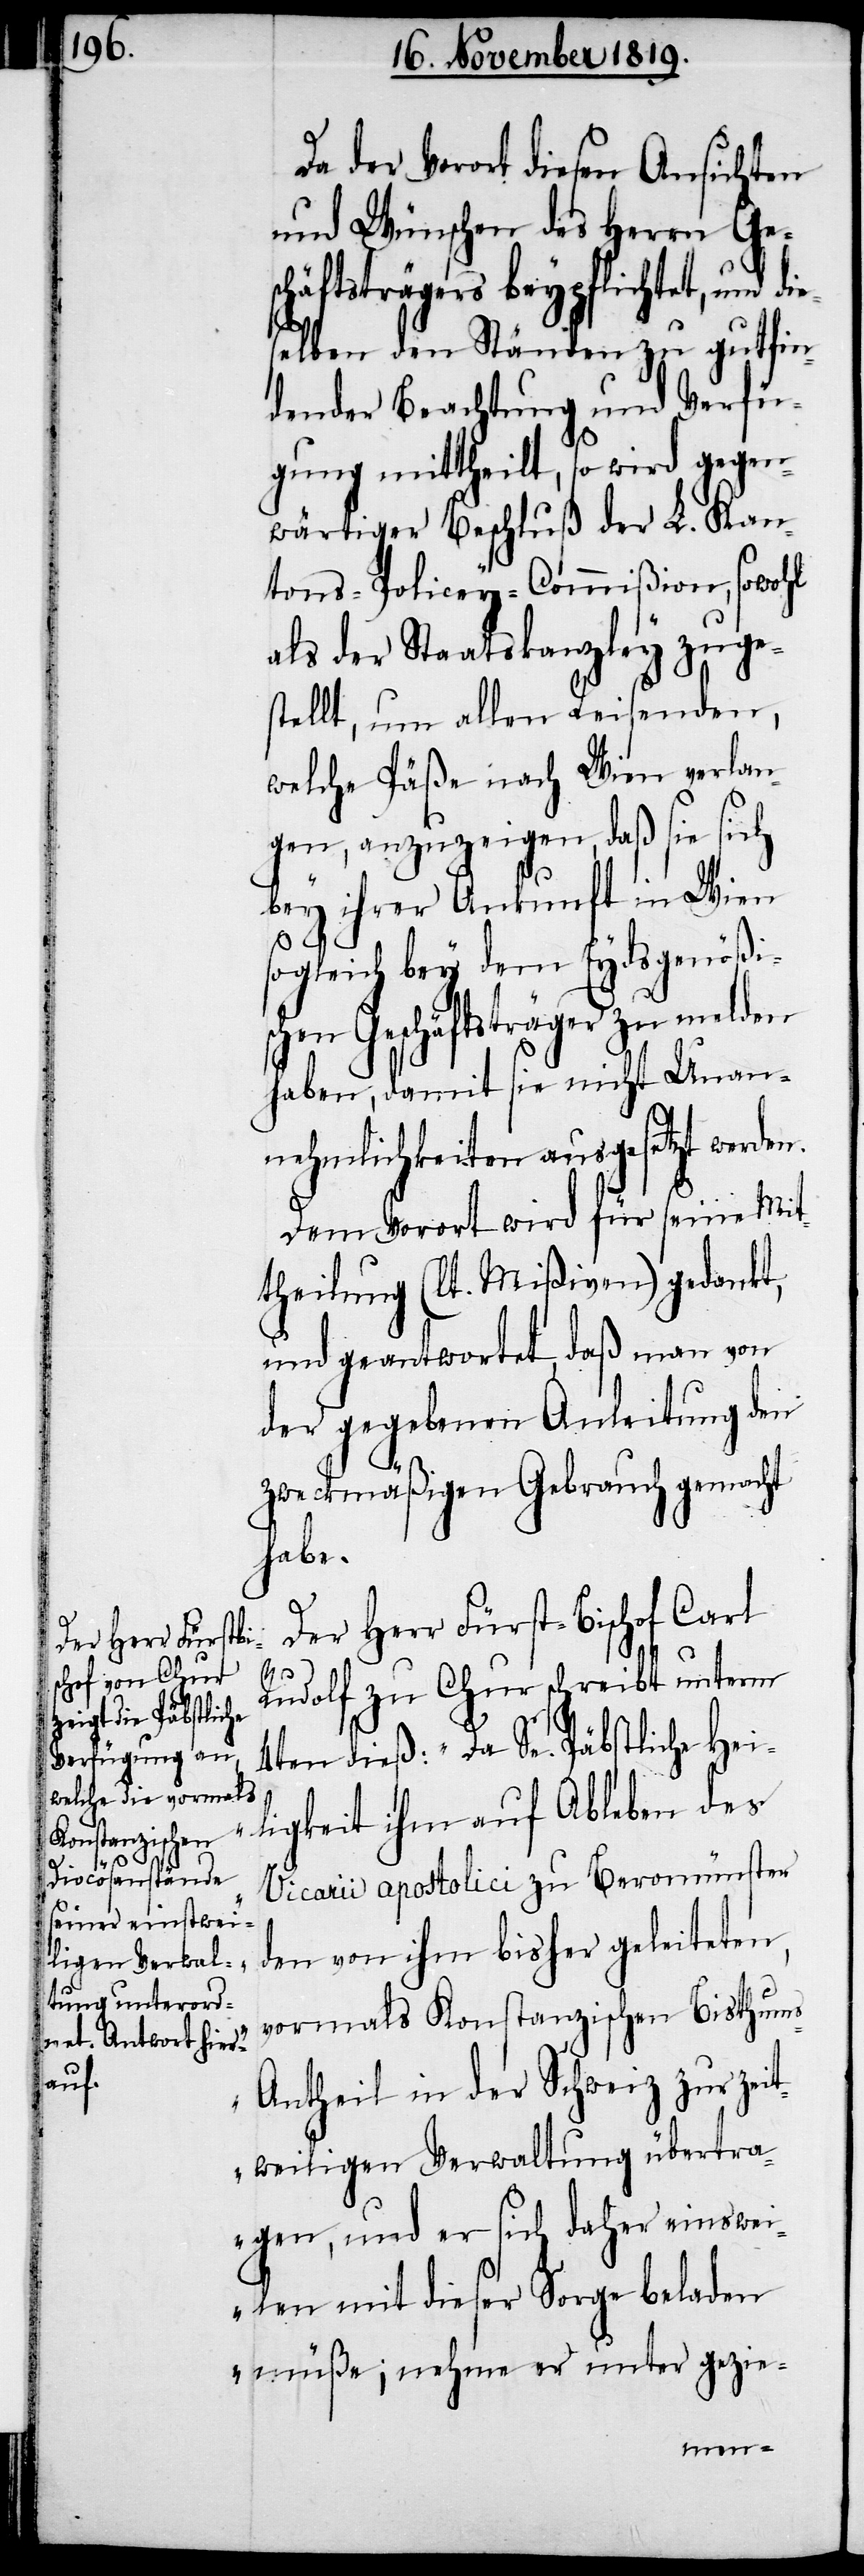
Da der Vorort diesen Ansichten
und Wünschen des Herrn Ge¬
schäftsträgers beypflichtet, und di¬
eselben den Ständen zu gutfin¬
dender Beachtung und Verfü¬
gung mittheilt, so wird gegen¬
wärtiger Beschluß der L. Kan¬
tons-Policey-Commißion, sowohl
als der Staatskanzley zuge¬
stellt, um allen Reisenden,
welche Päße nach Wien verlan¬
gen, anzuzeigen, daß sie sich
bey ihrer Ankunft in Wien
sogleich bey dem Eydsgenößis¬
chen Geschäftsträger zu melden
haben, damit sie nicht Unan¬
nehmlichkeiten ausgesetzt werden.
Dem Vorort wird für seine Mit¬
theilung (lt. Mißiven) gedankt,
und geantwortet, daß man von
der gegebenen Anleitung den
zweckmäßigen Gebrauch gemacht
habe.
Der Herr Fürst-Bischof Carl
Rudolf zu Chur schreibt unterm
4ten dieß: „Da Se. Päbstliche Hei¬
ligkeit ihm auf Ableben des
s-A¬
Vicarii apostolici zu Beromünster
den von ihm bisher geleiteten,
vormals Konstanzischen Bisthum¬
ntheil in der Schweiz zur Zeit¬
weiligen Verwaltung übertra¬
gen, und er sich daher einswei¬
len mit dieser Sorge beladen
müße; nehme er unter gezie-